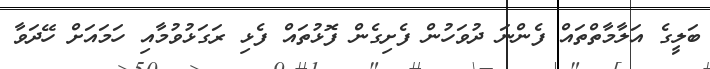
ބަލީގެ އަލާމާތްތައް ފެންނަ ދުވަހުން ފެށިގެން ފޮޅުތައް ފެޅި ރަގަޅުވުމާއި ހަމައަށް ހޭދަވާ